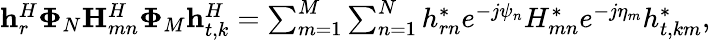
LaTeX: \begin{array}{r}{\mathbf{h}_{r}^{H}\mathbf{\Phi}_{N}\mathbf{H}_{mn}^{H}\mathbf{\Phi}_{M}\mathbf{h}_{t,k}^{H}=\sum_{m=1}^{M}\sum_{n=1}^{N}{h}_{rn}^{*}e^{-j\psi_{n}}{H}_{mn}^{*}e^{-j\eta_{m}}{h}_{t,km}^{*},}\end{array}